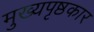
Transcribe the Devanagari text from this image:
मुख्यपृष्ठकार